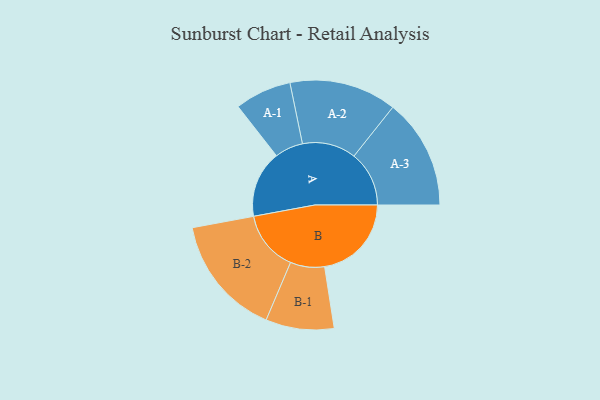
{"axis": {"x": "Segment", "y": "Value"}, "legend": ["", "A", "B"], "data": [{"x": "A", "y": 274, "type": ""}, {"x": "B", "y": 356, "type": ""}, {"x": "A-1", "y": 116, "type": "A"}, {"x": "A-2", "y": 220, "type": "A"}, {"x": "A-3", "y": 226, "type": "A"}, {"x": "B-1", "y": 140, "type": "B"}, {"x": "B-2", "y": 248, "type": "B"}]}